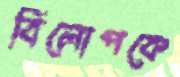
বিলোপকে